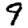
Digit: 9